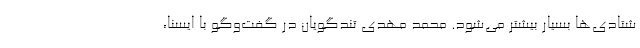
شتادی‌ها بسیار بیشتر می‌شود. محمد مهدی تندگویان در گفت‌وگو با ایسنا،